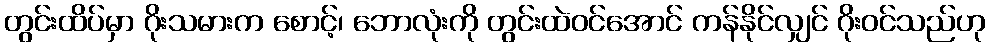
တွင်းထိပ်မှာ ဂိုးသမားက စောင့်၊ ဘောလုံးကို တွင်းထဲဝင်အောင် ကန်နိုင်လျှင် ဂိုးဝင်သည်ဟု